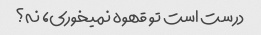
درست است تو قهوه نمیخوری، نه؟